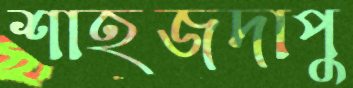
শাহজদাপু